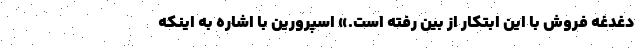
دغدغه فروش با این ابتکار از بین رفته است.» اسپرورین با اشاره به اینکه